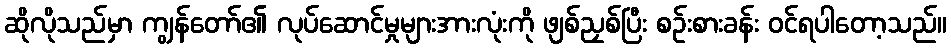
ဆိုလိုသည်မှာ ကျွန်တော်၏ လုပ်ဆောင်မှုများအားလုံးကို ဖျစ်ညှစ်ပြီး စဉ်းစားခန်း ဝင်ရပါတော့သည်။